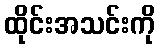
ထိုင်းအသင်းကို